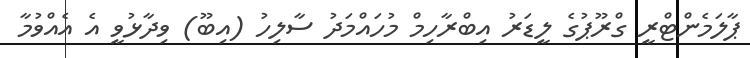
ޕާލަމެންޓްރީ ގްރޫޕުގެ ލީޑަރު އިބްރާހިމް މުހައްމަދު ސާލިހު (އިބޫ) ވިދާޅުވީ އެ އެއްވުމާ